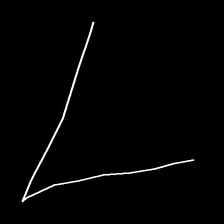
Glyph: region